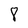
Character: 8